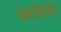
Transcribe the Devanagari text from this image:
करकिर्दीत